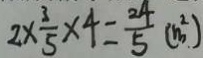
2 \times \frac { 3 } { 5 } \times 4 = \frac { 2 4 } { 5 } ( m ^ { 2 } _ { . } )